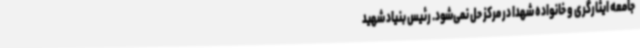
جامعه ایثارگری و خانواده شهدا در مرکز حل نمی‌شود. رئیس بنیاد شهید